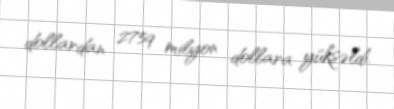
dollardan 2759 milyon dollara yüksəldi.